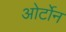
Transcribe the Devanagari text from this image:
ओर्टोन